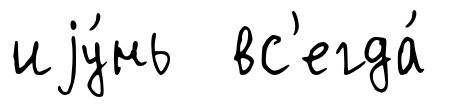
иjу́нь вс'егда́